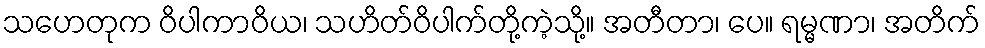
သဟေတုက ဝိပါကာဝိယ၊ သဟိတ်ဝိပါက်တို့ကဲ့သို့။ အတီတာ၊ ပေ။ ရမ္မဏာ၊ အတိက်